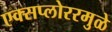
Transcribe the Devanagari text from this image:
एक्सप्लोररमुळे